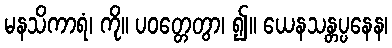
မနသိကာရံ၊ ကို။ ပဝတ္တေတွာ၊ ၍။ ယေနသန္တပ္ပနေန၊